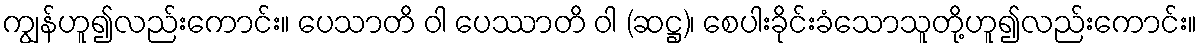
ကျွန်ဟူ၍လည်းကောင်း။ ပေသာတိ ဝါ ပေဿာတိ ဝါ (ဆဋ္ဌ)၊ စေပါးခိုင်းခံသောသူတို့ဟူ၍လည်းကောင်း။